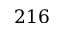
2 1 6